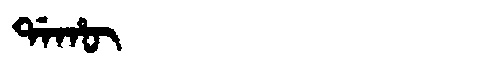
Manchu: ᡩᠠᡥᡡ
Romanization: DAHŪ